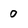
Character: 0